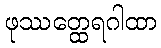
ဖုဿတ္ထေရဂါထာ